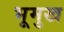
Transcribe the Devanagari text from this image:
भूमुख